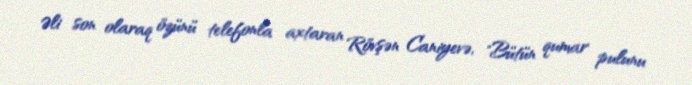
Əli son olaraq özünü telefonla axtaran Rövşən Caniyevə, "Bütün qumar pulunu